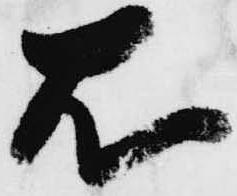
右